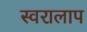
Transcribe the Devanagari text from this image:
स्वरालाप